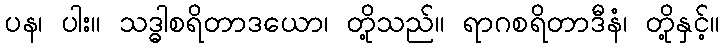
ပန၊ ပါး။ သဒ္ဓါစရိတာဒယော၊ တို့သည်။ ရာဂစရိတာဒီနံ၊ တို့နှင့်။